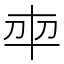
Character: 𭃍